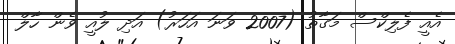
އެއީ ފެލިކްސް މަގާތު (2007 ވަނަ އަހަރު) އަދި ލުއީ ވެން ހާލް